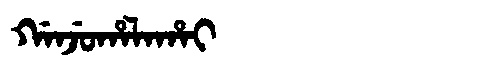
Manchu: ᡤᠠᠨᠵᡠᡥᠠᠯᠠᡥᠠᡳ
Romanization: GANJUHALAHAI